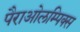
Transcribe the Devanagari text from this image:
पैराओलम्पिक्स